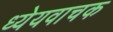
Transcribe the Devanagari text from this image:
ध्येयवाचक